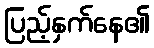
ပြည့်နှက်နေ၏